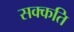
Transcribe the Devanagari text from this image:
सक्कति